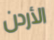
الأردن